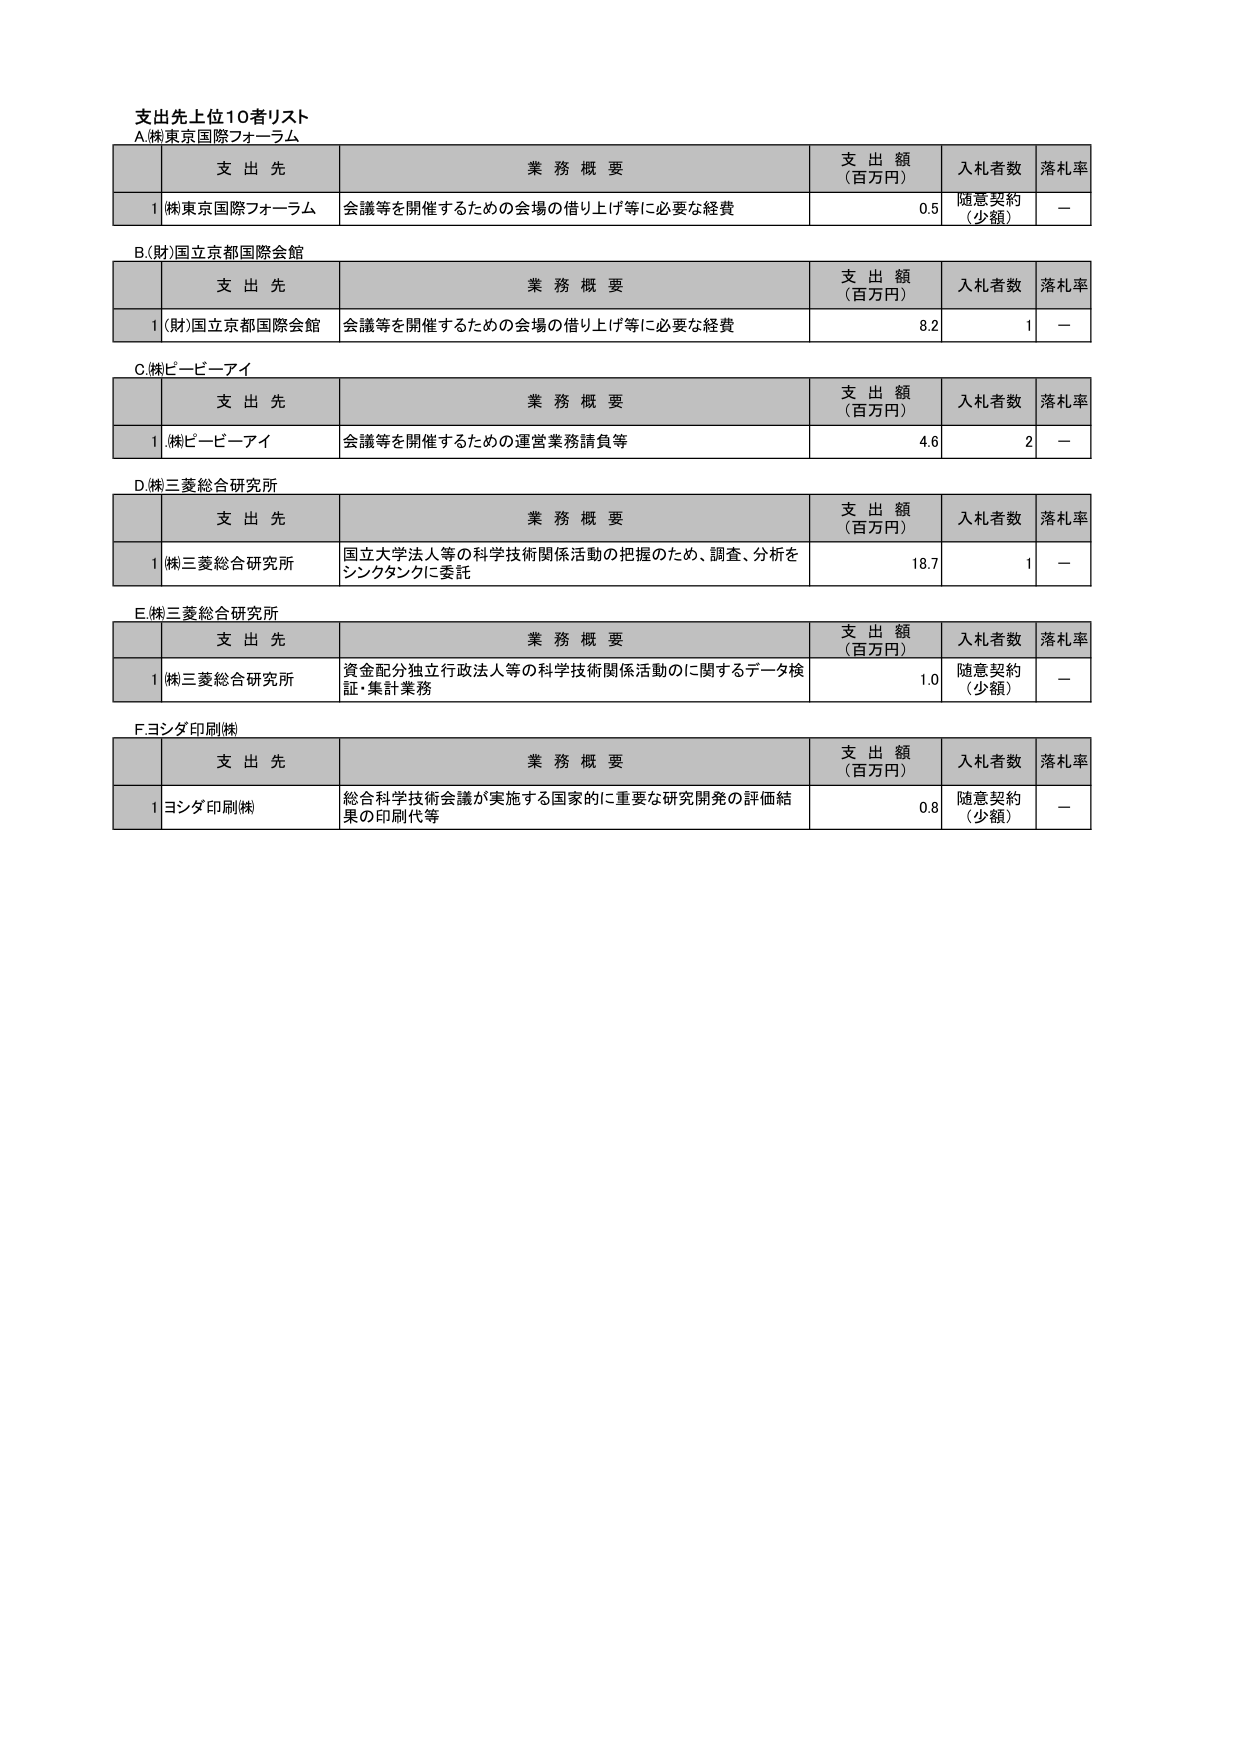
支出先上位10者リスト
A.㈱東京国際フォーラム

| | 支出先 | 業務概要 | 支出額（百万円） | 入札者数 | 落札率 |
|---|---|---|---|---|---|
| 1 | ㈱東京国際フォーラム | 会議等を開催するための会場の借り上げ等に必要な経費 | 0.5 | 随意契約（少額） | － |

B.(財)国立京都国際会館

| | 支出先 | 業務概要 | 支出額（百万円） | 入札者数 | 落札率 |
|---|---|---|---|---|---|
| 1 | (財)国立京都国際会館 | 会議等を開催するための会場の借り上げ等に必要な経費 | 8.2 | 1 | － |

C.㈱ピービーアイ

| | 支出先 | 業務概要 | 支出額（百万円） | 入札者数 | 落札率 |
|---|---|---|---|---|---|
| 1 | ㈱ピービーアイ | 会議等を開催するための運営業務請負等 | 4.6 | 2 | － |

D.㈱三菱総合研究所

| | 支出先 | 業務概要 | 支出額（百万円） | 入札者数 | 落札率 |
|---|---|---|---|---|---|
| 1 | ㈱三菱総合研究所 | 国立大学法人等の科学技術関係活動の把握のため、調査、分析をシンクタンクに委託 | 18.7 | 1 | － |

E.㈱三菱総合研究所

| | 支出先 | 業務概要 | 支出額（百万円） | 入札者数 | 落札率 |
|---|---|---|---|---|---|
| 1 | ㈱三菱総合研究所 | 資金配分独立行政法人等の科学技術関係活動のに関するデータ検証・集計業務 | 1.0 | 随意契約（少額） | － |

F.ヨシダ印刷㈱

| | 支出先 | 業務概要 | 支出額（百万円） | 入札者数 | 落札率 |
|---|---|---|---|---|---|
| 1 | ヨシダ印刷㈱ | 総合科学技術会議が実施する国家的に重要な研究開発の評価結果の印刷代等 | 0.8 | 随意契約（少額） | － |